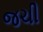
જચી